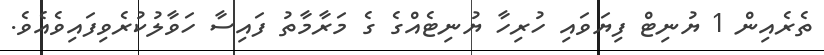
ތެރެއިން 1 ޔުނިޓް ފިޔަވައި ހުރިހާ ޔުނިޓެއްގެ ގެ މަރާމާތު ފައިސާ ހަވާލުކުރެވިފައިވެއެވެ.